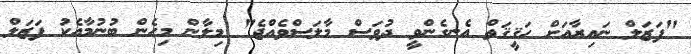
"ފަޒަލް ނައިރާއަށް ހަޤީޤަތް އެނގެންވީ ދުވަސް މާލަސްވެއްޖެ" މިލާން މިހެން ބުނުމާއެކު ފަޒަލް